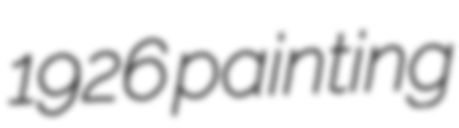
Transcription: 1926 painting